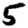
Digit: 5